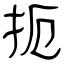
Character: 扼